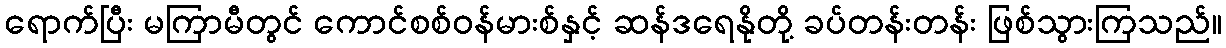
ရောက်ပြီး မကြာမီတွင် ကောင်စစ်ဝန်မားစ်နှင့် ဆန်ဒရေနိုတို့ ခပ်တန်းတန်း ဖြစ်သွားကြသည်။